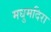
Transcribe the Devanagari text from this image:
मधुमदिरा